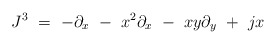
\begin{align*}J^3\ =\ - \partial_x \ - \ x^2\partial_x \ - \ xy\partial_y \ +\ jx\end{align*}